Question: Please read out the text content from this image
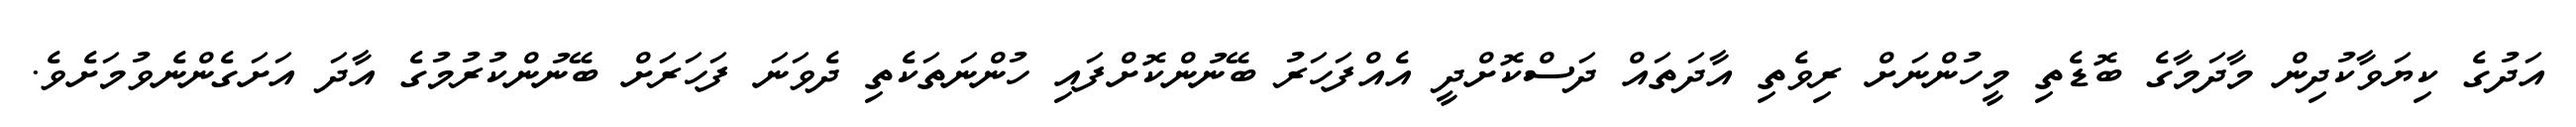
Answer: އަދުގެ ކިޔަވާކުދިން މާދަމާގެ ބޮޑެތި މީހުންނަށް ރިވެތި އާދަތައް ދަސްކޮށްދީ އެއްފަހަރު ބޭނުންކޮށްފައި ހުންނަތަކެތި ދެވަނަ ފަހަރަށް ބޭނުންކުރުމުގެ އާދަ އަށަގެންނެވުމަށެވެ.